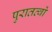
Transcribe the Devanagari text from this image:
पुरातत्वों